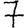
Digit: 7